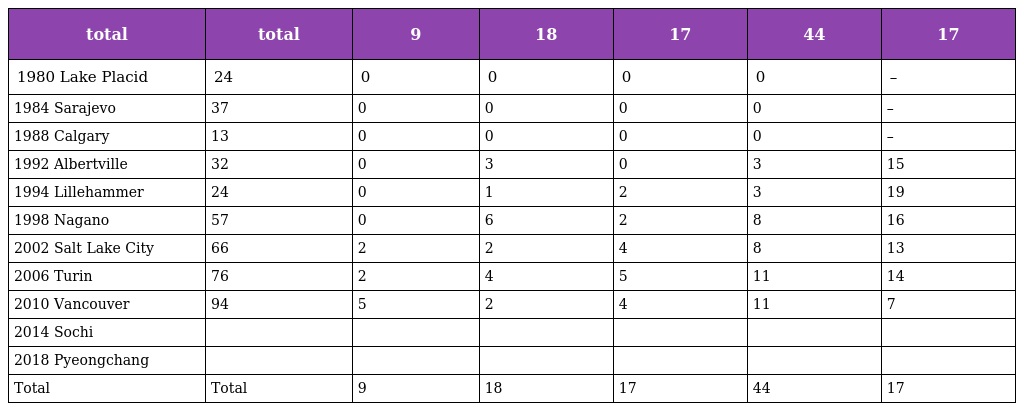
| total | total | 9 | 18 | 17 | 44 | 17 |
 | --- | --- | --- | --- | --- | --- | --- |
 | 1980 Lake Placid | 24 | 0 | 0 | 0 | 0 | – |
 | 1984 Sarajevo | 37 | 0 | 0 | 0 | 0 | – |
 | 1988 Calgary | 13 | 0 | 0 | 0 | 0 | – |
 | 1992 Albertville | 32 | 0 | 3 | 0 | 3 | 15 |
 | 1994 Lillehammer | 24 | 0 | 1 | 2 | 3 | 19 |
 | 1998 Nagano | 57 | 0 | 6 | 2 | 8 | 16 |
 | 2002 Salt Lake City | 66 | 2 | 2 | 4 | 8 | 13 |
 | 2006 Turin | 76 | 2 | 4 | 5 | 11 | 14 |
 | 2010 Vancouver | 94 | 5 | 2 | 4 | 11 | 7 |
 | 2014 Sochi |  |  |  |  |  |  |
 | 2018 Pyeongchang |  |  |  |  |  |  |
 | Total | Total | 9 | 18 | 17 | 44 | 17 |